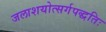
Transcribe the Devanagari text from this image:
जलाशयोत्सर्गपद्धतिः